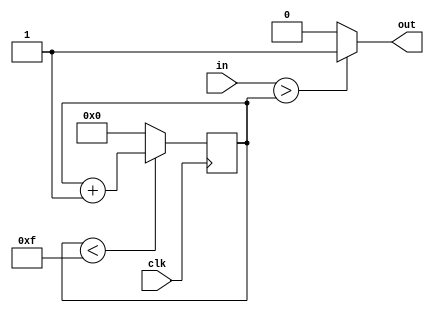
module pwm(
	input wire clk,
	input wire [$clog2(period)-1:0] in,
	output wire out);
parameter period = 16;

reg [$clog2(period)-1:0] cnt = 0;

always @ (posedge clk) begin
	if (cnt < (period-1)) begin
		cnt <= cnt + 1;
	end else begin
		cnt <= 0;
	end
end

assign out = (in > cnt) ? 1 : 0;

endmodule